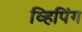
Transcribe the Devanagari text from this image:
व्हिपिंग